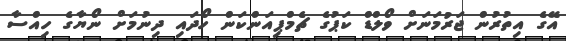
އޭގެ އިތުރުން ޖަރުމަނަށް ވޯލްޑް ކަޕުގެ ޗެމްޕިއަންކަން ހޯދައި ދިނުމަށް ނޯޔާގެ ހިއްސާ